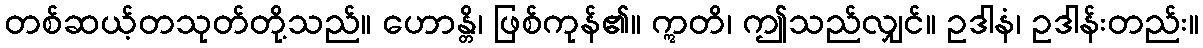
တစ်ဆယ့်တသုတ်တို့သည်။ ဟောန္တိ၊ ဖြစ်ကုန်၏။ ဣတိ၊ ဤသည်လျှင်။ ဥဒါနံ၊ ဥဒါန်းတည်း။